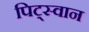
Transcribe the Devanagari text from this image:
पिट्स्वान